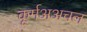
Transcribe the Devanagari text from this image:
कूर्मअअचल